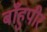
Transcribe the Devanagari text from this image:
बाँहुपीर